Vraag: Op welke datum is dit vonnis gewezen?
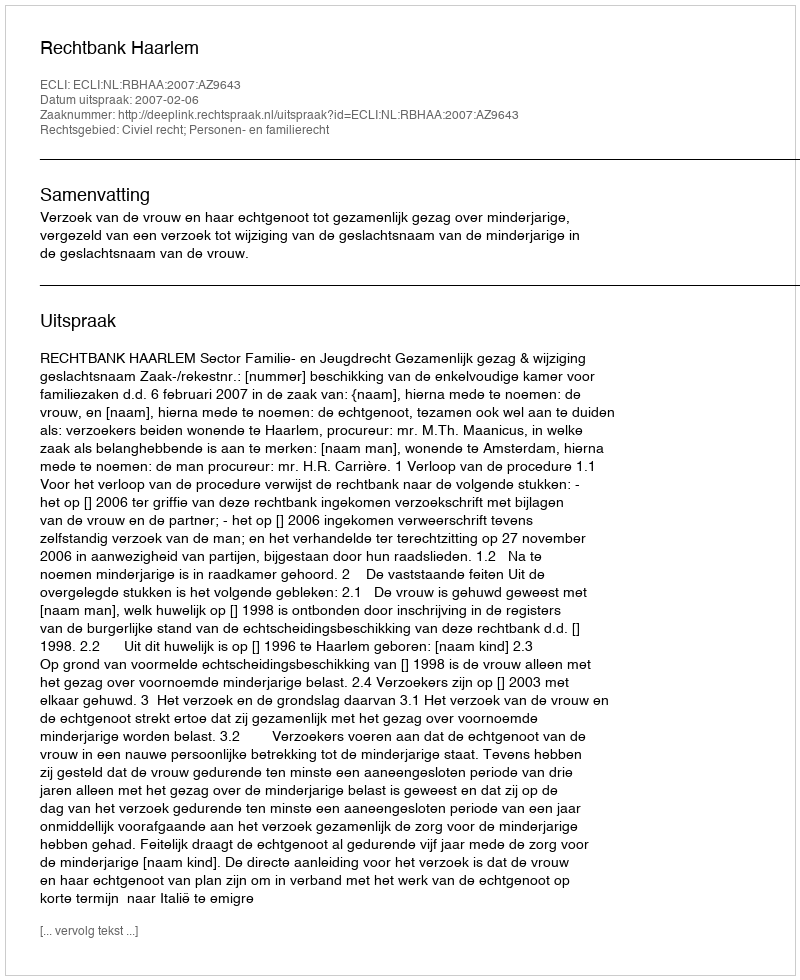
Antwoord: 2007-02-06